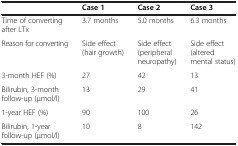
|  | Case 1 | Case 2 | Case 3 |
 | --- | --- | --- | --- |
 | Time of converting after LTx | 3.7 months | 5.0 months | 6.3 months |
 | Reason for converting | Side effect (hair growth) | Side effect (peripheral neuropathy) | Side effect (altered mental status) |
 | 3-month HEF (%) | 27 | 42 | 13 |
 | Bilirubin, 3-month follow-up (μmol/l) | 13 | 29 | 41 |
 | 1-year HEF (%) | 90 | 100 | 26 |
 | Bilirubin, 1-year follow-up (μmol/l) | 10 | 8 | 142 |